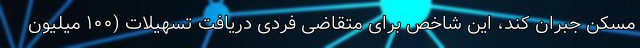
مسکن جبران کند، این شاخص برای متقاضی فردی دریافت تسهیلات (۱۰۰ میلیون